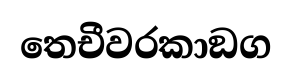
තෙචීවරකාඞග